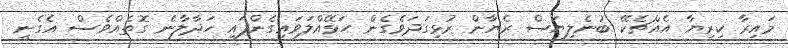
މައިރާ ކިރިޔާ އެއްޗެކޭ ބުނެލިޔަސް ރެޔާން ރުޅިގަދަވެގެން ހަޅޭއްލަވައިގެންފައި ހަދާލާނެ ގޮތެއްވެސް އެގެނީ